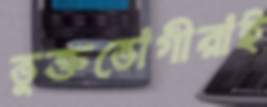
ভুক্তভোগীরাই